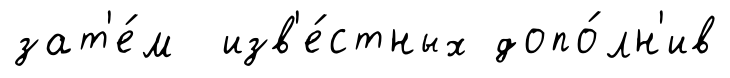
зат'е́м изв'е́стных допо́лн'ив